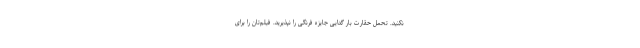
نکنید. تحمل حقارت بار گدایی جایزه فرنگی را نپذیرید. فیلم‌تان را برای